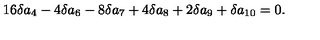
1 6 \delta a _ { 4 } - 4 \delta a _ { 6 } - 8 \delta a _ { 7 } + 4 \delta a _ { 8 } + 2 \delta a _ { 9 } + \delta a _ { 1 0 } = 0 .